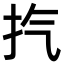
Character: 㧉